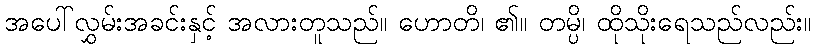
အပေါ်လွှမ်းအခင်းနှင့် အလားတူသည်။ ဟောတိ၊ ၏။ တမ္ပိ၊ ထိုသိုးရေသည်လည်း။